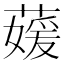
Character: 𮑘